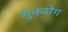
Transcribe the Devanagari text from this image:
शुकरोग